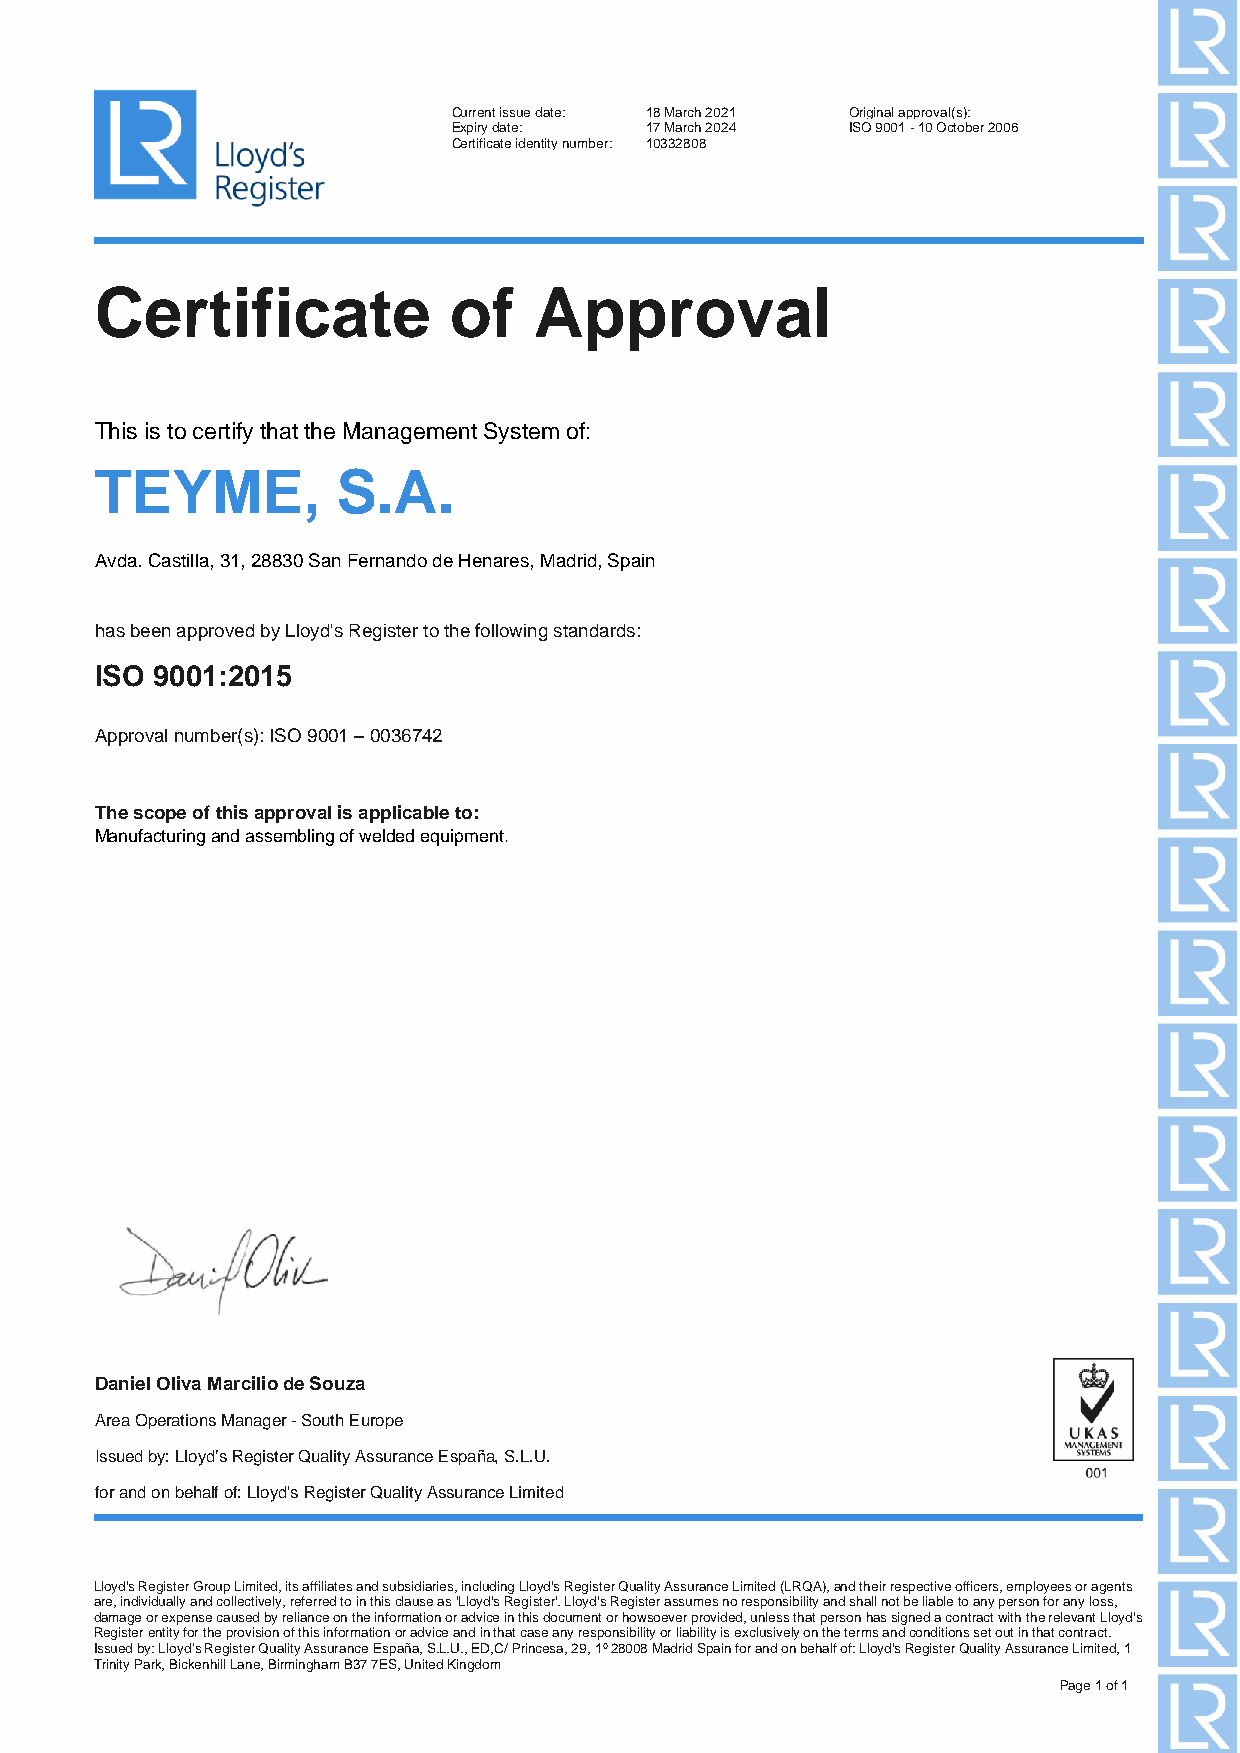
Current issue date: 18 March 2021 Original approval(s):
 Expiry date: 17 March 2024 ISO 9001 - 10 October 2006
 Certificate identity number: 10332808
 Certificate             of   Approval
 This is to certify that the Management System of:
 TEYME,          S.A.
 Avda. Castilla, 31, 28830 San Fernando de Henares, Madrid, Spain
 has been approved by Lloyd's Register to the following standards:
 ISO 9001:2015
 Approval number(s): ISO 9001 – 0036742
 The scope of this approval is applicable to:
 Manufacturing and assembling of welded equipme nt.
 Daniel Oliva Marcilio de Souza
 Area Operations Manager - South Europe
 Issued by: Lloyd’s Register Quality Assurance España, S.L.U.
 for and on behalf of: Lloyd's Register Quality Assurance Limited
 Lloyd's Register Group Limited, its affiliates and subsidiaries, including Lloyd's Register Quality Assurance Limited (LRQA), and their respective officers, employees or agents
 are, individually and collectively, referred to in this clause as 'Lloyd's Register'. Lloyd's Register assumes no responsibility and shall not be liable to any person for any loss,
 damage or expense caused by reliance on the information or advice in this document or howsoever provided, unless that person has signed a contract with the relevant Lloyd's
 Register entity for the provision of this information or advice and in that case any responsibility or liability is exclusively on the terms and conditions set out in that contract.
 Issued by: Lloyd’s Register Quality Assurance España, S.L.U., ED,C/ Princesa, 29, 1º 28008 Madrid Spain for and on behalf of: Lloyd's Register Quality Assurance Limited, 1
 Trinity Park, Bickenhill Lane, Birmingham B37 7ES, United Kingdom
 Page 1 of 1